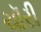
ચૉરી